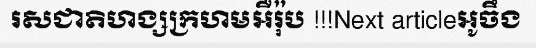
រសជាតិហង្សក្រហមអឺរ៉ុប !!!Next articleអូចឹង